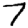
Digit: 7